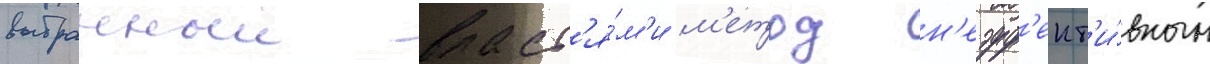
выбранныи власт'я́м'и м'етод н'еэфф'ект'и́вным